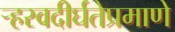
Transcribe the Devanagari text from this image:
र्‍हस्वदीर्घतेप्रमाणे